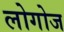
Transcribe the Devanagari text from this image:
लोगोज